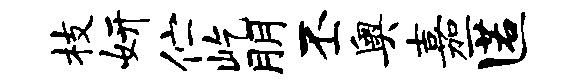
枝妍伫屹朋丕奥嘉匿